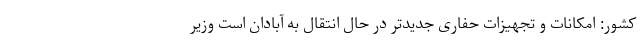
کشور: امکانات و تجهیزات حفاری جدیدتر در حال انتقال به آبادان است وزیر